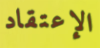
الإعتقاد